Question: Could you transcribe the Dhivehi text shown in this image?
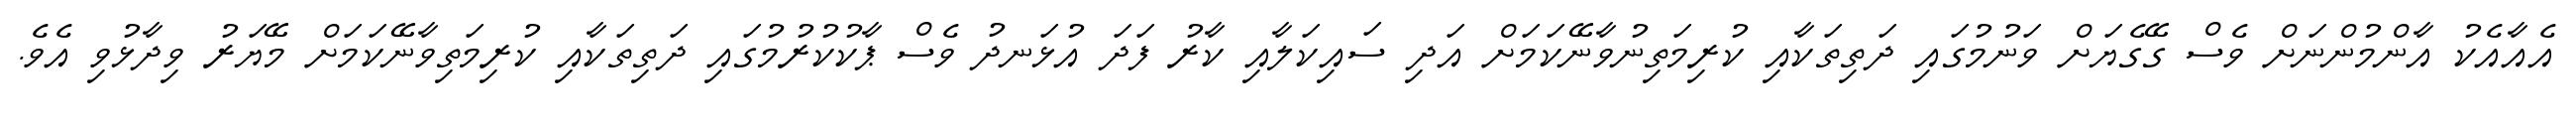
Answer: އެއާއެކު އާންމުންނަށް ވެސް ގޭގެޔަށް ވަނުމުގައި ދަތިތަކާއި ކުރިމަތިނުވާނޭކަމަށް އަދި ސައިކަލާއި ކާރު ފަދަ އުޅަނދު ވެސް ޕާކުކުރުމުގައި ދަތިތަކާއި ކުރިމަތިވާނޭކަމަށް މޭޔަރު ވިދާޅުވި އެވެ.